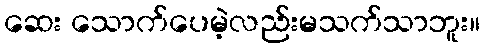
ဆေး သောက်ပေမဲ့လည်းမသက်သာဘူး။